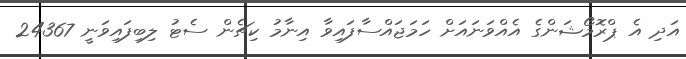
އަދި އެ ޕްރޮމޯޝަންގެ އެއްވަނައަށް ހަމަޖައްސާފައިވާ އިނާމު ކިޗެން ސެޓު ލިބިފައިވަނީ 24367